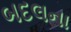
બદલના